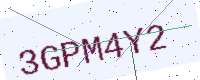
Text: 3GPM4Y2